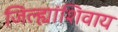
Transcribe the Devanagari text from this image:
जिल्ह्यांशिवाय